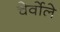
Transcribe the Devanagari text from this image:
चेर्वोले